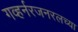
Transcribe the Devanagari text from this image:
गव्हर्नरजनरलच्या